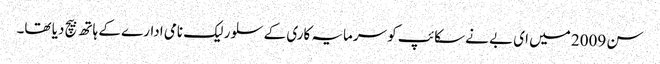
سن 2009 میں ای بے نے سکائپ کو سرمایہ کاری کے سلور لیک نامی ادارے کے ہاتھ بیچ دیا تھا۔